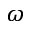
\omega